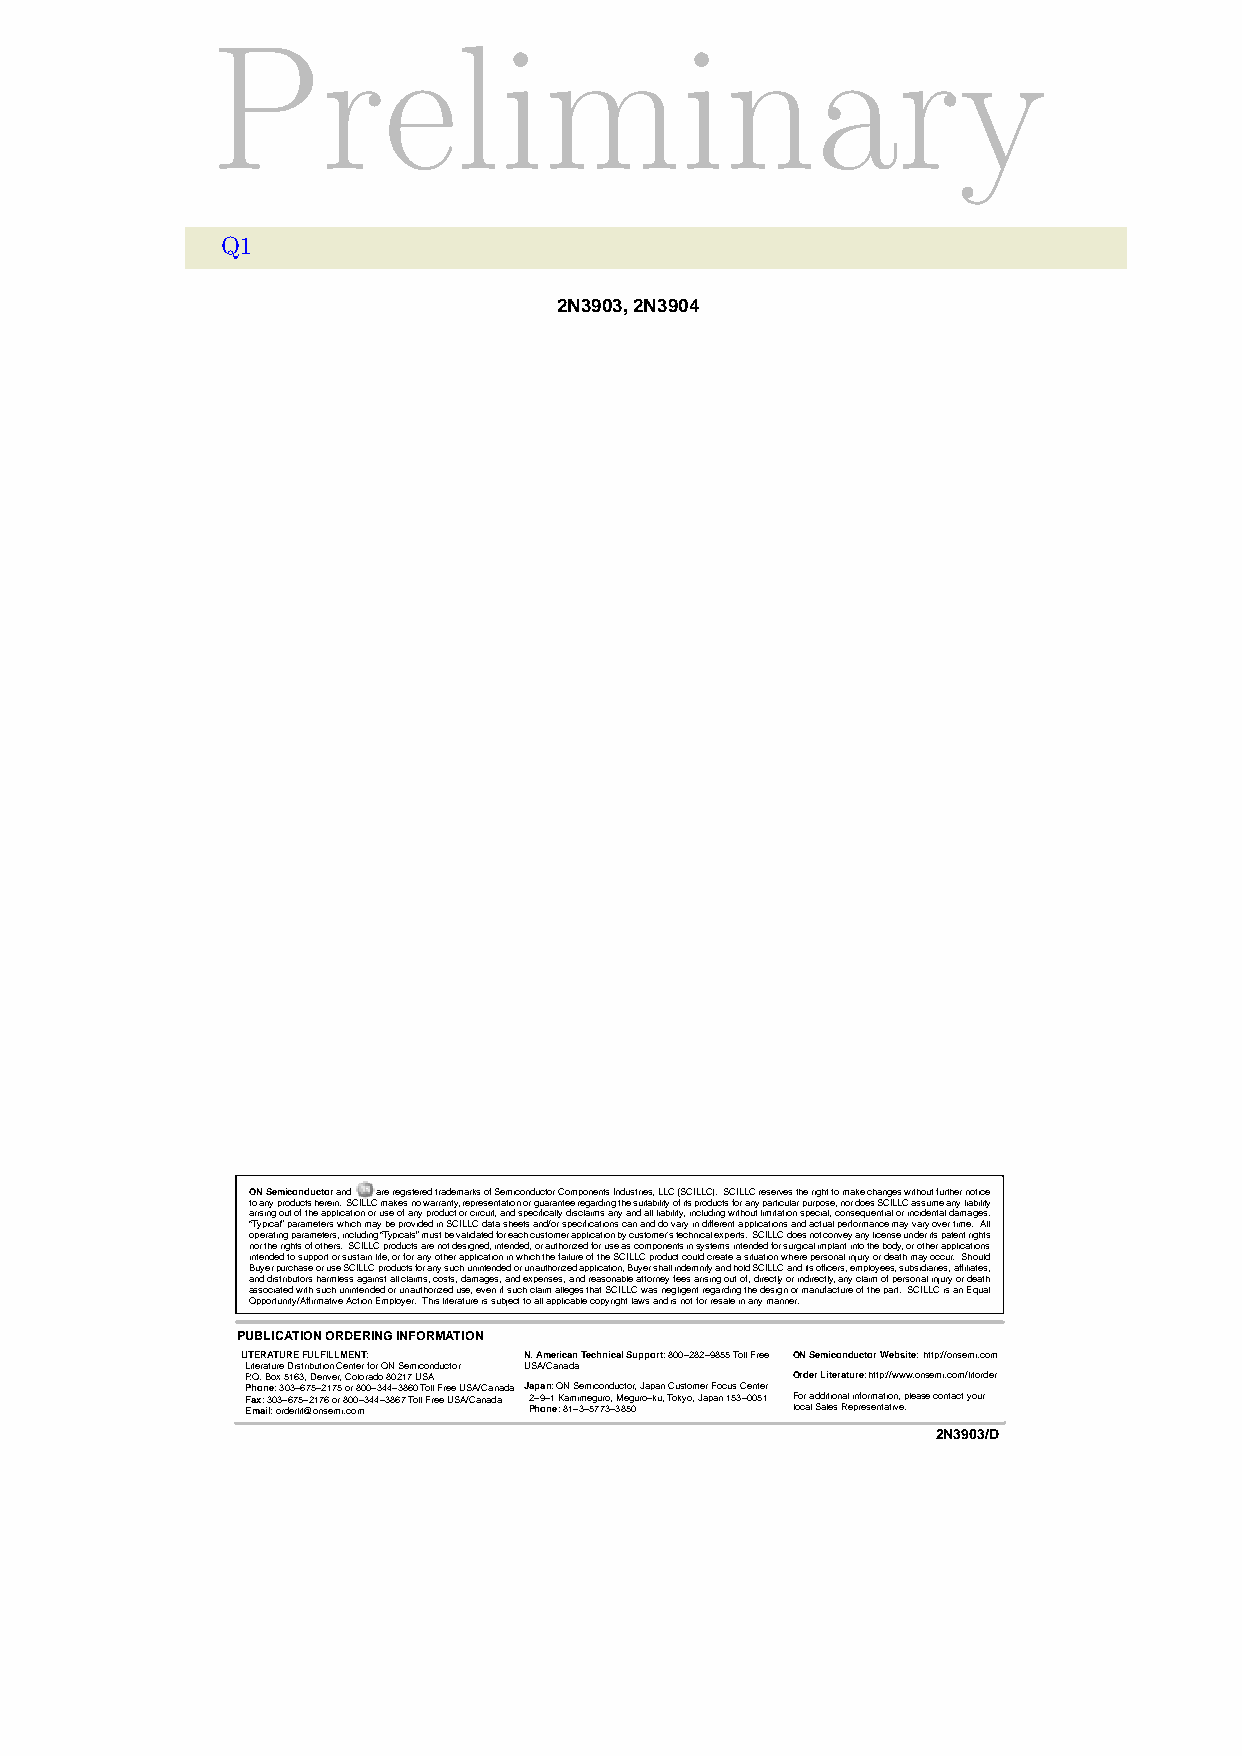
Preliminary
 Q1
 2N3903, 2N3904
 ON Semiconductor and are registered trademarks of Semiconductor Components Industries, LLC (SCILLC). SCILLC reserves the right to make changes without further notice
 to any products herein. SCILLC makes no warranty, representation or guarantee regarding the suitability of its products for any particular purpose, nor does SCILLC assume any liability
 arising out of the application or use of any product or circuit, and specifically disclaims any and all liability, including without limitation special, consequential or incidental damages.
 “Typical” parameters which may be provided in SCILLC data sheets and/or specifications can and do vary in different applications and actual performance may vary over time. All
 operating parameters, including “Typicals” must be validated for each customer application by customer’s technical experts. SCILLC does not convey any license under its patent rights
 nor the rights of others. SCILLC products are not designed, intended, or authorized for use as components in systems intended for surgical implant into the body, or other applications
 intended to support or sustain life, or for any other application in which the failure of the SCILLC product could create a situation where personal injury or death may occur. Should
 Buyer purchase or use SCILLC products for any such unintended or unauthorized application, Buyer shall indemnify and hold SCILLC and its officers, employees, subsidiaries, affiliates,
 and distributors harmless against all claims, costs, damages, and expenses, and reasonable attorney fees arising out of, directly or indirectly, any claim of personal injury or death
 associated with such unintended or unauthorized use, even if such claim alleges that SCILLC was negligent regarding the design or manufacture of the part. SCILLC is an Equal
 Opportunity/Affirmative Action Employer. This literature is subject to all applicable copyright laws and is not for resale in any manner.
 PUBLICATION ORDERING INFORMATION
 LITERATURE FULFILLMENT: N. American Technical Support: 800−282−9855 Toll Free ON Semiconductor Website: http://onsemi.com
 Literature Distribution Center for ON Semiconductor USA/Canada
 P.O. Box 5163, Denver, Colorado 80217 USA Order Literature: http://www.onsemi.com/litorder
 Phone: 303−675−2175 or 800−344−3860 Toll Free USA/Canada Japan: ON Semiconductor, Japan Customer Focus Center
 Fax: 303−675−2176 or 800−344−3867 Toll Free USA/Canada 2−9−1 Kamimeguro, Meguro−ku, Tokyo, Japan 153−0051 For additional information, please contact your
 Email: orderlit@onsemi.com Phone: 81−3−5773−3850 local Sales Representative.
 http://onsemi.com        2N3903/D
 8